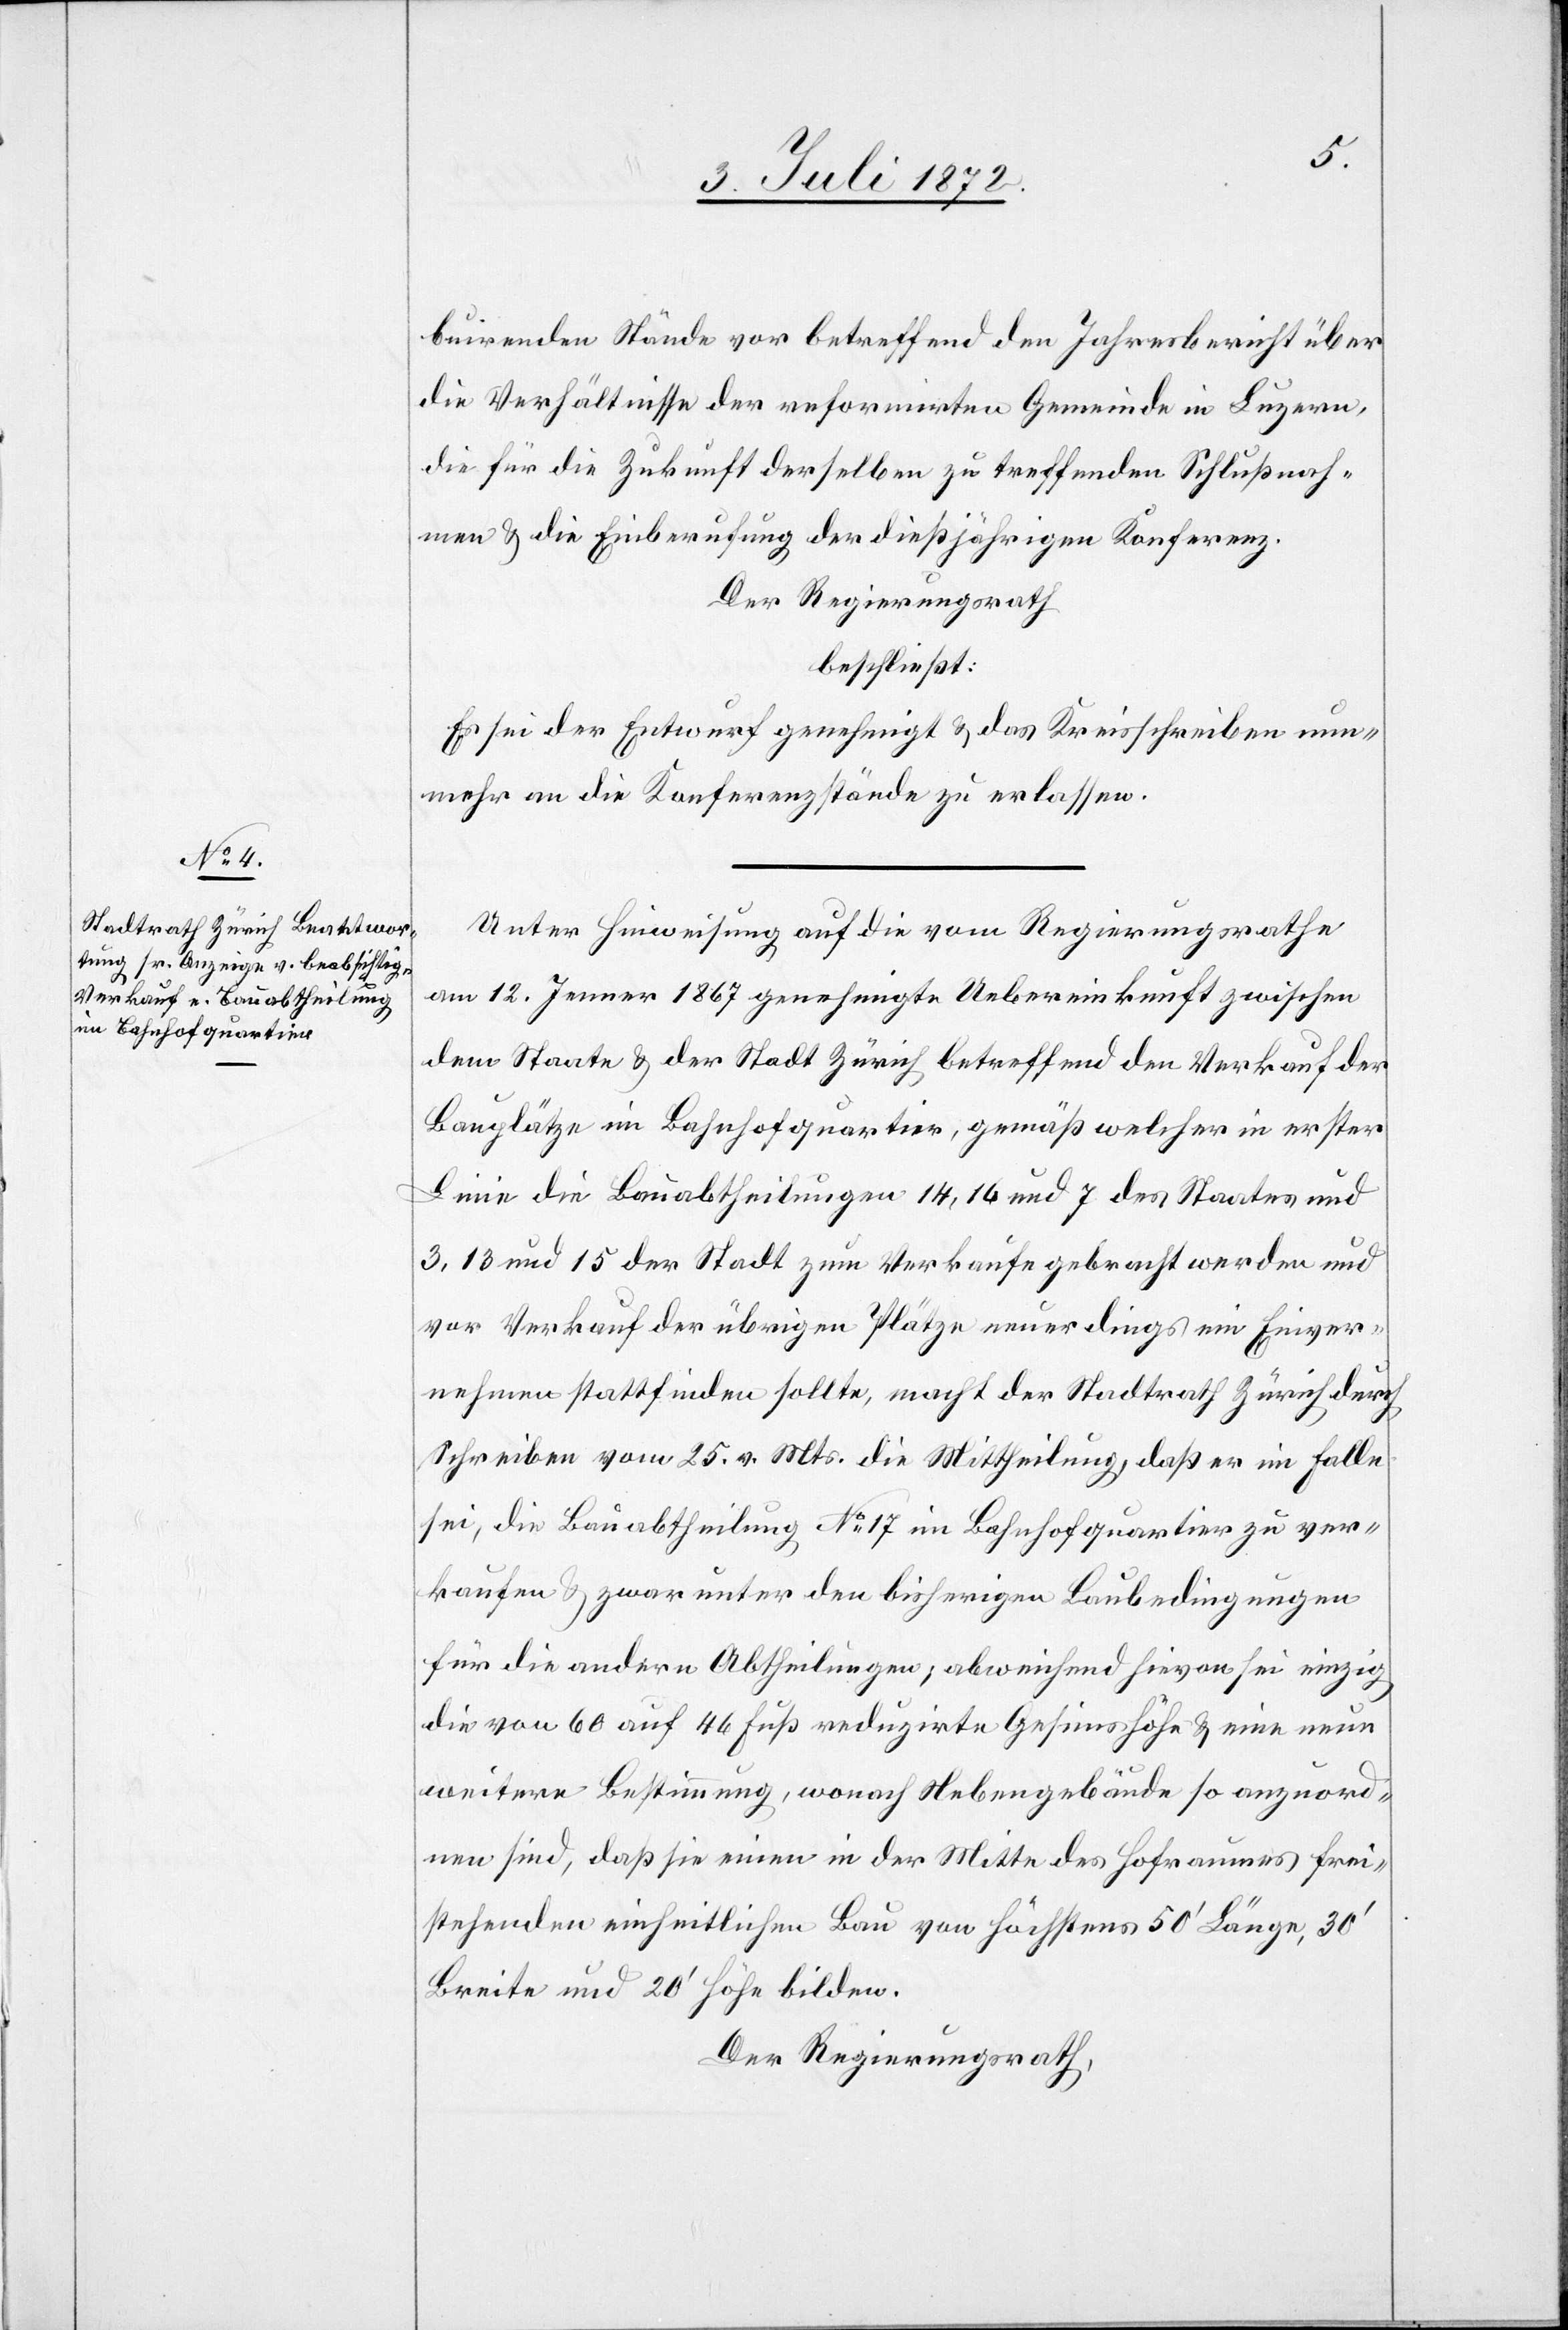
buirenden Stände vor betreffend den Jahresbericht über
die Verhältnisse der reformirten Gemeinde in Luzern,
die für die Zukunft derselben zu treffenden Schlußnah¬
men u. die Einberufung der dießjährigen Konferenz.
Der Regierungsrath
beschließt:
Es sei der Entwurf genehmigt u. das Kreisschreiben nun¬
mehr an die Konferenzstände zu erlassen.
Unter Hinweisung auf die vom Regierungsrathe
am 12. Jenner 1867 genehmigte Uebereinkunft zwischen
dem Staate u. der Stadt Zürich betreffend den Verkauf der
Bauplätze im Bahnhofquartier, gemäß welcher in erster
Linie die Bauabtheilungen 14, 16 und 7 des Staates und
3, 13 und 15 der Stadt zum Verkaufe gebracht werden und
vor Verkauf der übrigen Plätze neuerdings ein Einver¬
nehmen stattfinden sollte, macht der Stadtrath Zürich durch
Schreiben vom 25. v. Mts. die Mittheilung, daß er im Falle
sei, die Bauabtheilung No 17 im Bahnhofquartier zu ver¬
kaufen u. zwar unter den bisherigen Baubedingungen
für die andere Abtheilungen; abweichend hievon sei einzig
die von 60 auf 46 Fuß reduzirte Gesimshöhe u. eine neue
weitere Bestimmung, wonach Nebengebäude so anzuord¬
nen sind, daß sie einen in der Mitte des Hofraumes frei¬
stehenden einheitlichen Bau von höchstens 50’ Länge, 30’
Breite und 20’ Höhe bilden.
Der Regierungsrath,